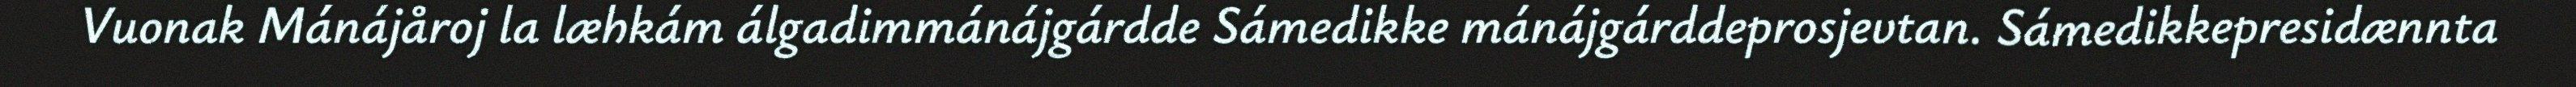
Vuonak Mánájåroj la læhkám álgadimmánájgárdde Sámedikke mánájgárddeprosjevtan. Sámedikkepresidænnta